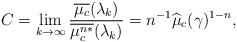
LaTeX: \begin{align*}C=\lim_{k\to\infty}\frac{\overline{\mu_c}(\lambda_k)}{\overline{\mu_c^{n*}}(\lambda_k)}= n^{-1} \widehat\mu_c(\gamma)^{1-n},\end{align*}